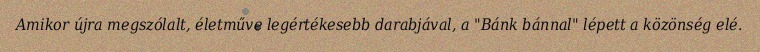
Amikor újra megszólalt, életműve legértékesebb darabjával, a "Bánk bánnal" lépett a közönség elé.